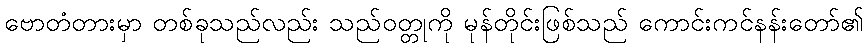
ဗောတံတားမှာ တစ်ခုသည်လည်း သည်ဝတ္တုကို မုန်တိုင်းဖြစ်သည် ကောင်းကင်နန်းတော်၏